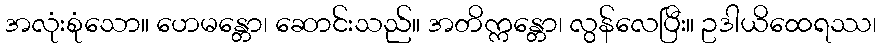
အလုံးစုံသော။ ဟေမန္တော၊ ဆောင်းသည်။ အတိက္ကန္တော၊ လွန်လေပြီး။ ဥဒါယိထေရဿ၊